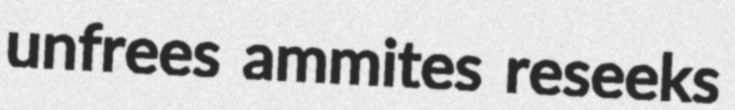
unfrees ammites reseeks